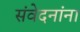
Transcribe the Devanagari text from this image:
संवेदनांना